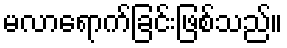
မလာရောက်ခြင်းဖြစ်သည်။